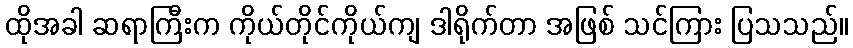
ထိုအခါ ဆရာကြီးက ကိုယ်တိုင်ကိုယ်ကျ ဒါရိုက်တာ အဖြစ် သင်ကြား ပြသသည်။